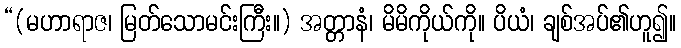
“(မဟာရာဇ၊ မြတ်သောမင်းကြီး။) အတ္တာနံ၊ မိမိကိုယ်ကို။ ပိယံ၊ ချစ်အပ်၏ဟူ၍။